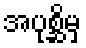
အပုစ္ဆိမှ